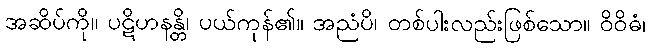
အဆိပ်ကို။ ပဋိဟနန္တိ၊ ပယ်ကုန်၏။ အညံပိ၊ တစ်ပါးလည်းဖြစ်သော။ ဝိဝိဓံ၊